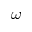
\omega